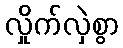
လှိုက်လှဲစွာ